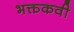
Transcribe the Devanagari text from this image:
भक्तकवी